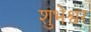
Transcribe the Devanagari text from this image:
शुभेश्वर